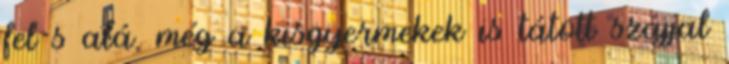
fel s alá, még a kisgyermekek is tátott szájjal